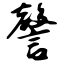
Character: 謦